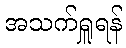
အသက်ရှူရန်